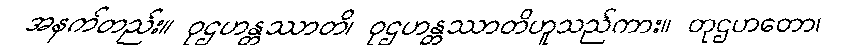
အနက်တည်း။ ဝုဌဟန္တဿာတိ၊ ဝုဌဟန္တဿာတိဟူသည်ကား။ တုဌဟတော၊